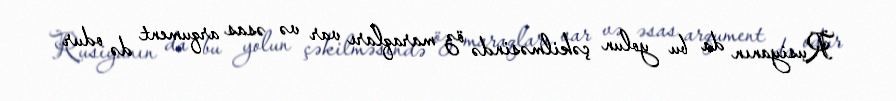
Rusiyanın da bu yolun çəkilməsində öz maraqları var və əsas arqument də odur